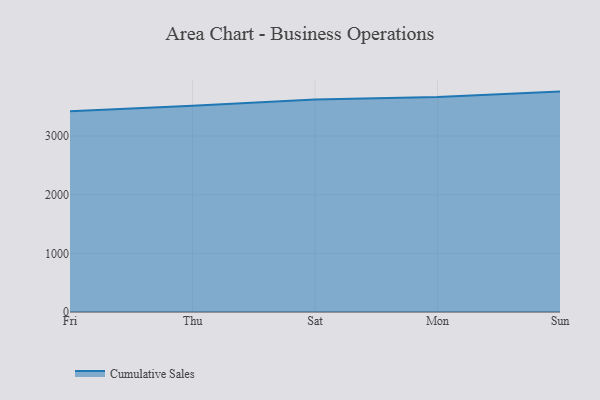
{"axis": {"x": "Day", "y": "Page Views"}, "legend": ["Cumulative Sales"], "data": [{"x": "Fri", "y": 3423.0, "type": "Cumulative Sales"}, {"x": "Thu", "y": 3516.1, "type": "Cumulative Sales"}, {"x": "Sat", "y": 3624.7, "type": "Cumulative Sales"}, {"x": "Mon", "y": 3664.9, "type": "Cumulative Sales"}, {"x": "Sun", "y": 3757.4, "type": "Cumulative Sales"}]}